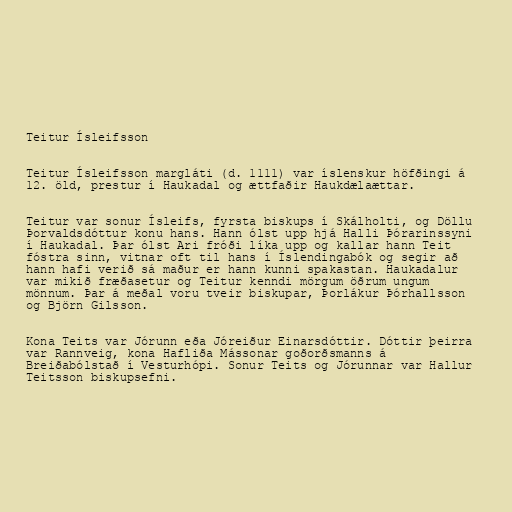
Teitur Ísleifsson

Teitur Ísleifsson margláti (d. 1111) var íslenskur höfðingi á
12. öld, prestur í Haukadal og ættfaðir Haukdælaættar.

Teitur var sonur Ísleifs, fyrsta biskups í Skálholti, og Döllu
Þorvaldsdóttur konu hans. Hann ólst upp hjá Halli Þórarinssyni
í Haukadal. Þar ólst Ari fróði líka upp og kallar hann Teit
fóstra sinn, vitnar oft til hans í Íslendingabók og segir að
hann hafi verið sá maður er hann kunni spakastan. Haukadalur
var mikið fræðasetur og Teitur kenndi mörgum öðrum ungum
mönnum. Þar á meðal voru tveir biskupar, Þorlákur Þórhallsson
og Björn Gilsson.

Kona Teits var Jórunn eða Jóreiður Einarsdóttir. Dóttir þeirra
var Rannveig, kona Hafliða Mássonar goðorðsmanns á
Breiðabólstað í Vesturhópi. Sonur Teits og Jórunnar var Hallur
Teitsson biskupsefni.